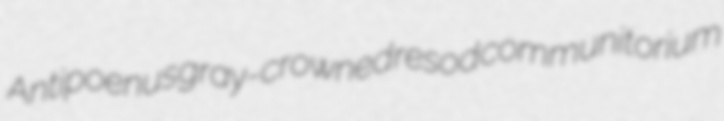
Antipoenus gray-crowned resod communitorium